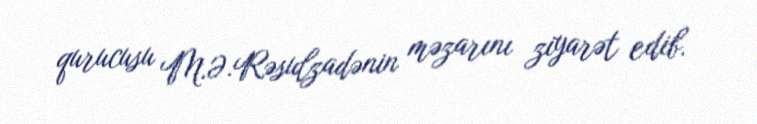
qurucusu M.Ə.Rəsulzadənin məzarını ziyarət edib.